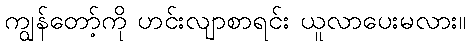
ကျွန်တော့်ကို ဟင်းလျာစာရင်း ယူလာပေးမလား။